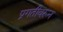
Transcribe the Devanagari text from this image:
प्रगतीवरून